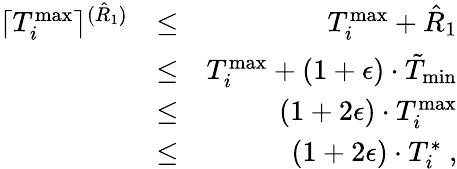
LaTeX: \begin{array}{rlr}{\lceil T_{i}^{\operatorname*{max}}\rceil^{(\hat{R}_{1})}}&{\leq}&{T_{i}^{\operatorname*{max}}+\hat{R}_{1}}\\ &{\leq}&{T_{i}^{\operatorname*{max}}+(1+\epsilon)\cdot\tilde{T}_{\operatorname*{min}}}\\ &{\leq}&{(1+2\epsilon)\cdot T_{i}^{\operatorname*{max}}}\\ &{\leq}&{(1+2\epsilon)\cdot T_{i}^{*}\ ,}\end{array}